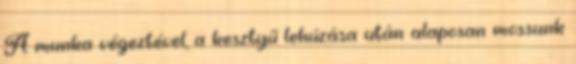
A munka végeztével, a kesztyű lehúzása után alaposan mossunk